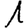
Digit: 1